Bréfritari: Stefanía Siggeirsdóttir
Viðtakandi: Páll Pálsson
Dagsetning: A-1870-08-15
Skrifað á: Hraungerði  Árn.
Stefanía var bróðurdóttir Páls Pálssonar

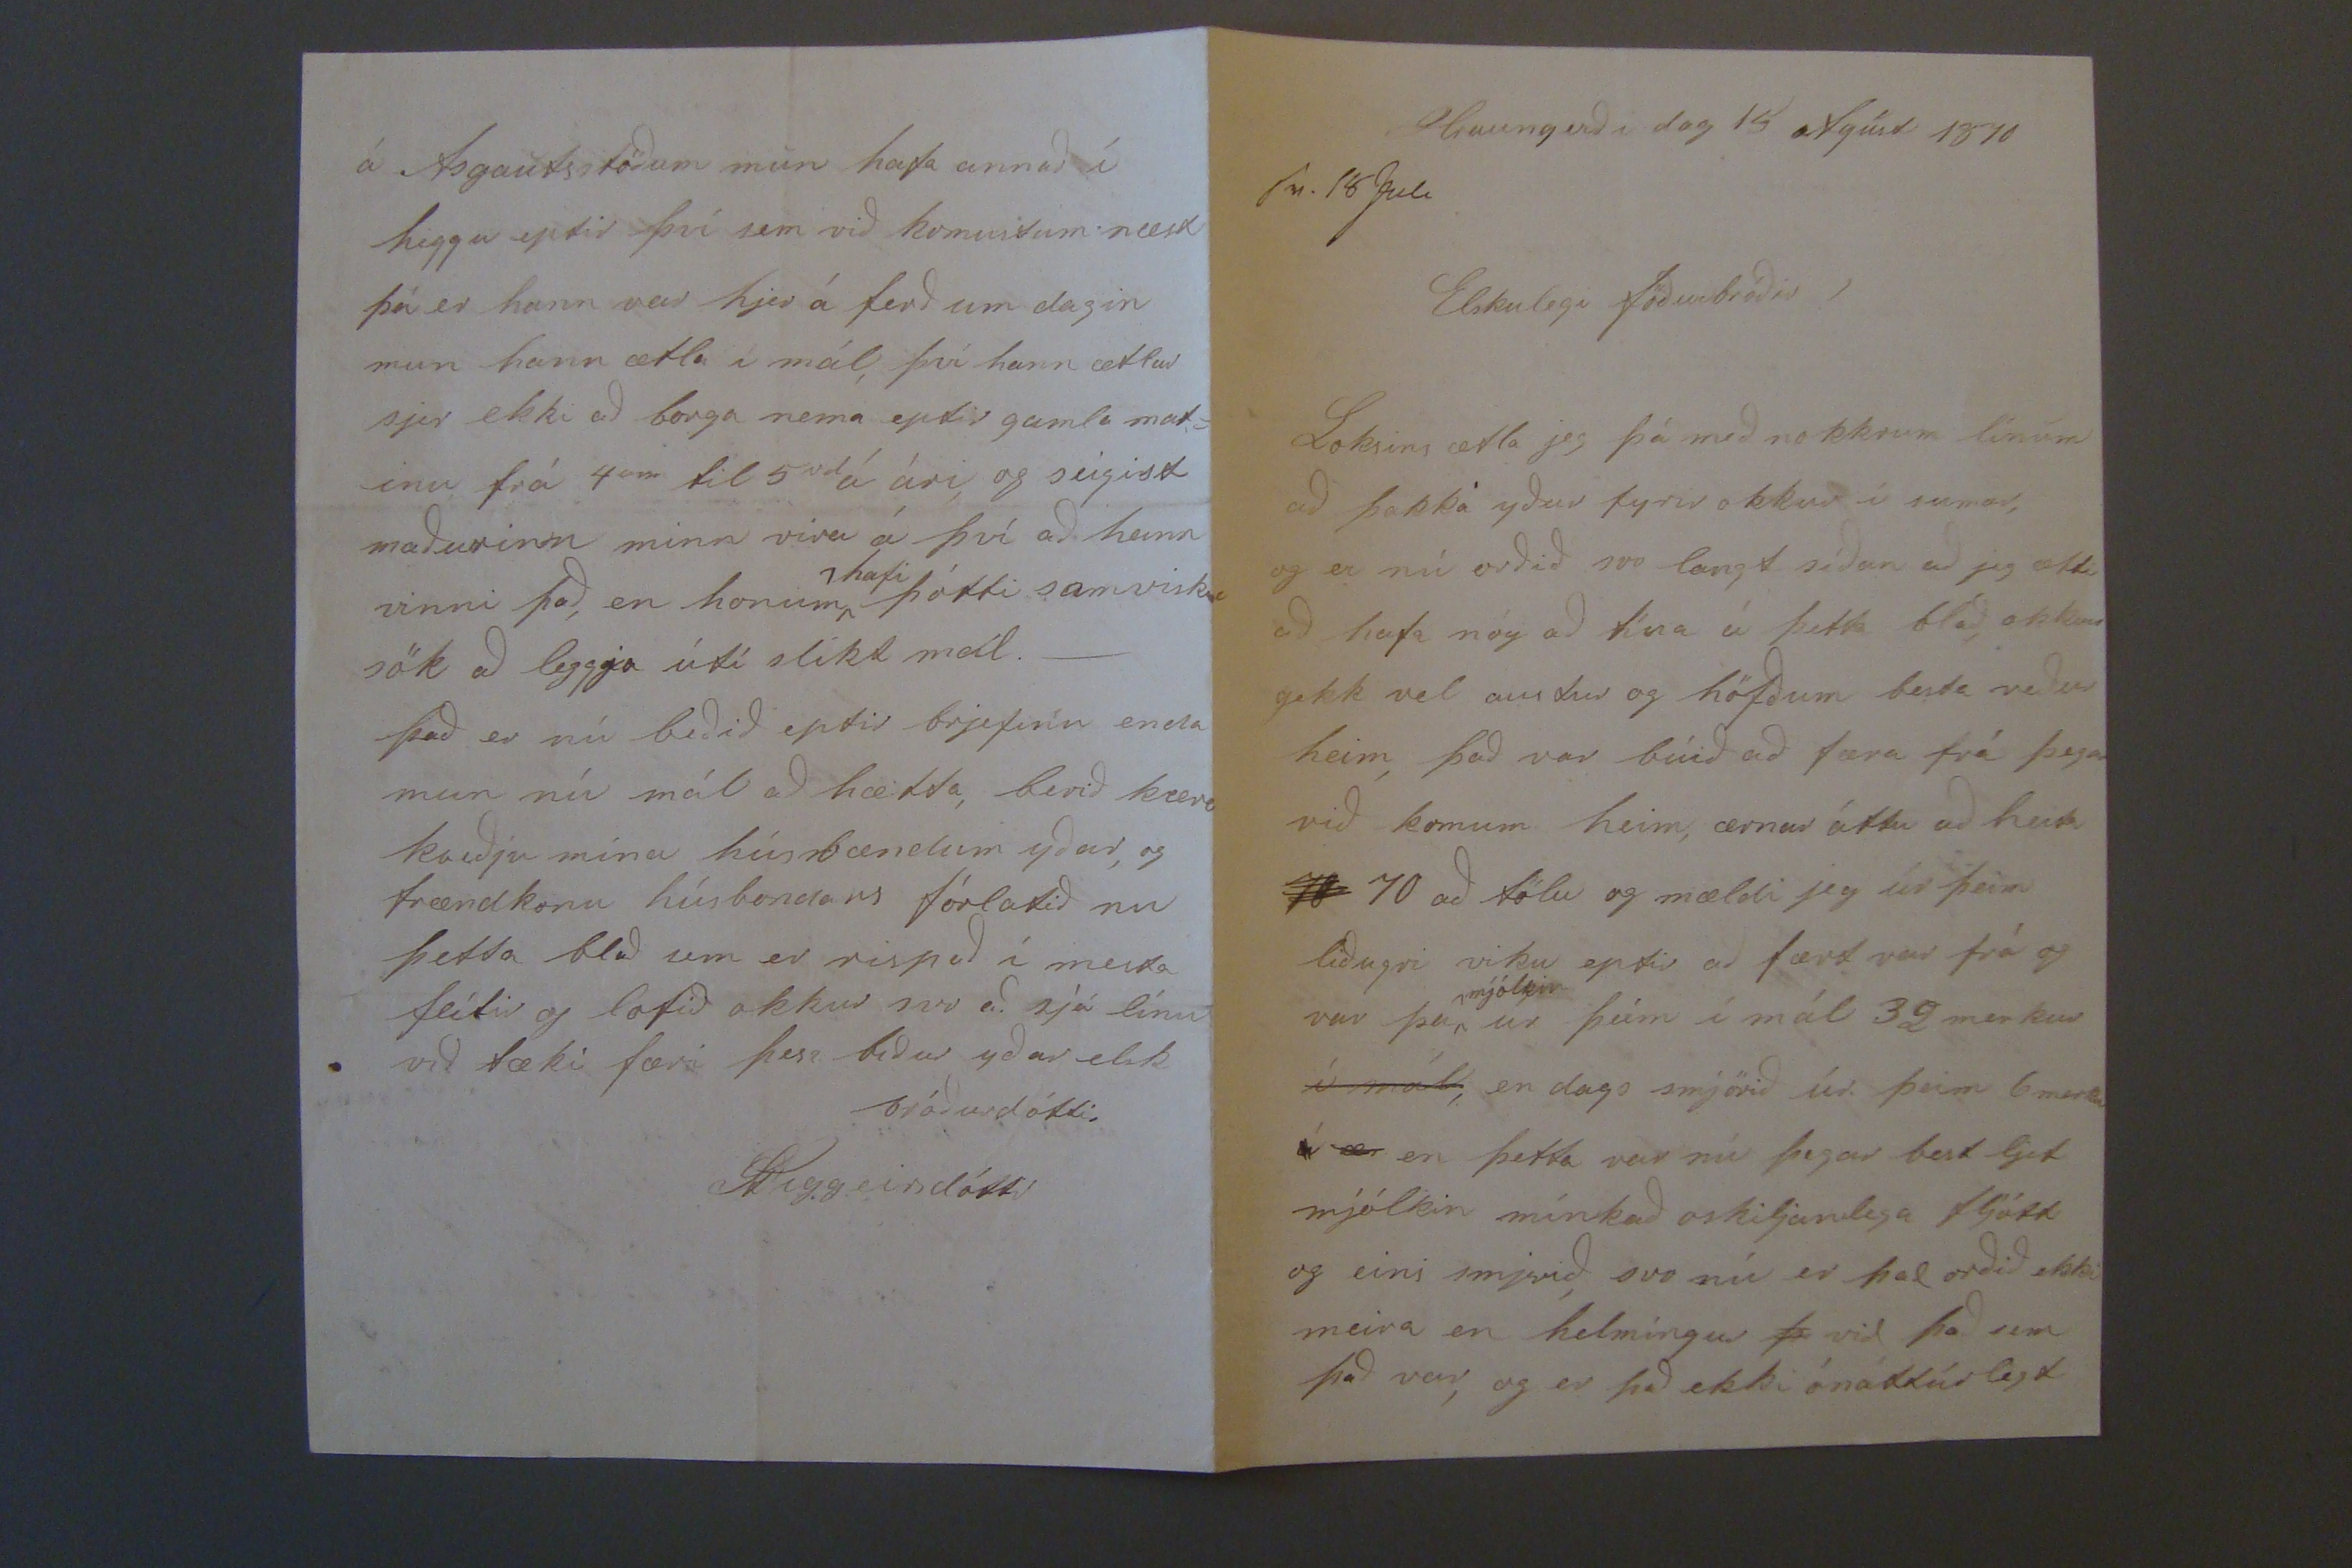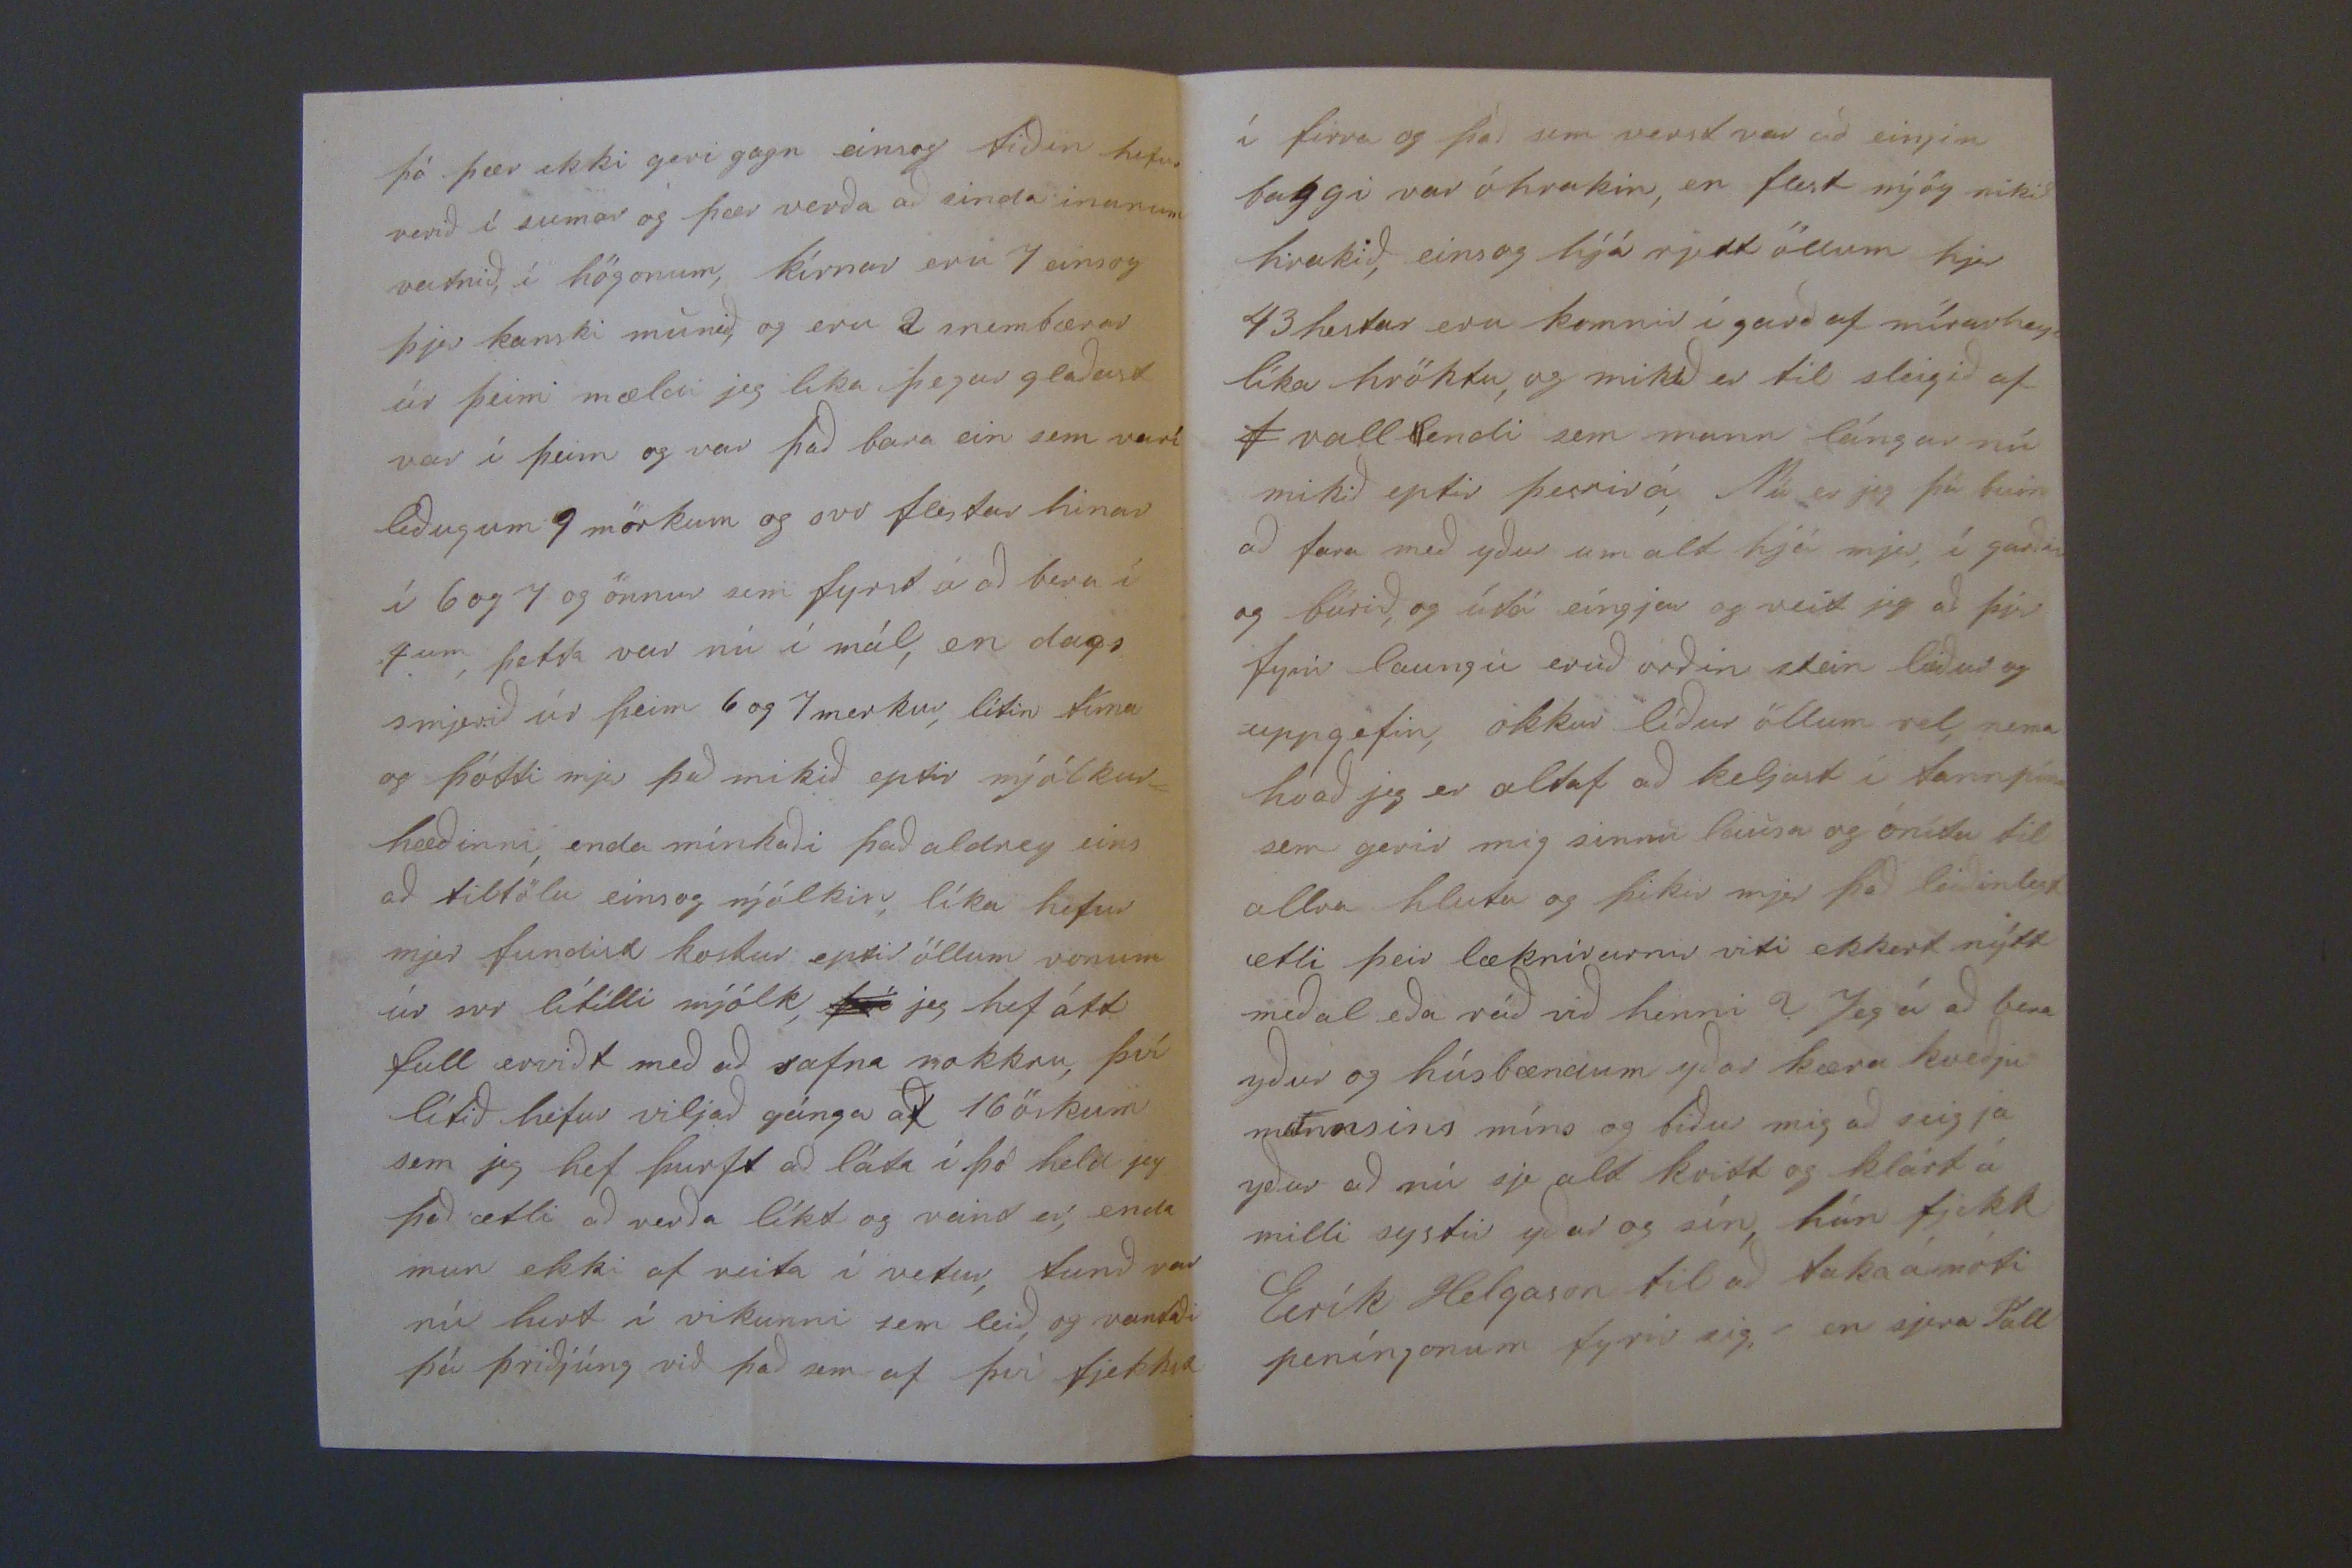

Hraungerði dag 15 Agúst 1870
sv. 18 Juli
Elskulegi föðurbróðir!
Loksins ætla jeg þá með nokkrum línum að þakka yður fyrir okkur í sumar, og er nú orðið svo langt síðan að jeg ætti að hafa nóg að tína í þetta blað okkur gekk vel austur og höfðum besta veður heim, það var búið að færa frá þegar við komum heim, ærnar áttu að heita
70
70 að tölu og mældi jeg úr þeim lið
u
gri viku eptir að fært var frá og var þa
mjólkin
úr þeim í mál 39 merkur
í mál,
en dags smjörið úr þeim 6 merkur
á ær
en þetta var nú þegar best ljet mjólkin mínkað oskiljanlega fljótt og eins smjerið, svo nú er það orðið ekki meira en helmíngur
þ
við það um það var, og er það ekki ónáttúrlegt
þá þær ekki geri gagn einsog tíðin hefur verið í sumar og þær verða að sinda inanum vatnið, í högonum, kírnar eru 7 einsog þjer kanski munið, og eru 2 snembærar úr þeirri mældi jeg lika þegar glaðast var í þeim og var það bara ein sem varí liðugum 9 mörkum og svo flestar hinar í 6 og 7 og önnur sem fyrst á að bera í 4um, þetta var nú í mál, en dags smjerið úr þeim 6 og 7 merkur, lítin tíma og þótti mjer það mikið eptir mjólkur= hæðinni, enda minkaði það aldrey eins að tiltölu einsog mjólkin, líka hefur mjer fundist kostur eptir öllum vonum úr svo lítilli mjólk,
því
jeg hef átt full ervidt með að safna nokkru, því lítið hefur viljað gánga af 16 örkum sem jeg hef þurft að láta í þó held jeg það ætli að verða líkt og vant er, enda mun ekki of reita í vetur, tunið var nú hert í vikunni sem leið, og vantaði þá þriðjúng við það sem af því fjekkst
í firra og það sem verst var að eingin baggi var óhrakin, en flest mjög mikið hrakið, einsog hjá rjett öllum hjer 43 hestar eru komnir í garð af mírarheyi líka hröktu, og mikið er til sleigið af
f
valllendi sem mann lángar nú mikið eptir þessirá, Nú er jeg þá buin að fara með yður um alt hjá mjer, í garðin og búrið, og útá eingjar og veit jeg að þjer fyrir laungu eruð orðin stein leiður og uppgefin, okkur líður öllum vel, nema hvað jeg er altaf að keljast í tannpínu sem gerir mig sinnu lausa og ónitu til allra hluta og þikir mjer það leiðinlegt ætli þeir læknirarnir viti ekkert nýtt meðal eða ráð við henni? Jeg á að bera yður og húsbændum yðar kæra kveðjur mannsins míns og biður mig að seigja yður að nú sje alt kvitt og klárt á milli systir yðar og sín, hún fjekk Eirík Helgason til að taka á móti peníngonum fyrir sig, en sjera Páll
á Ásgautsstöðum mun hafa annað í higgu eptir því sem við komustum næst þá er hann var hjer á ferð um dagin mun hann ætla í mál, því hann ætlur sjer ekki að borga nema eptir gamla mat= inu frá 4um til 5rd á ári, og seigist maðurinn minn vira á því að hann vinni það, en honum
hafi
þótti samvisku sök að leggja úti slíkt mál._ það er nú beðið eptir brjefinu enda mun nú mál að hætta, berið kæra kveðju mína húsbændum yðar, og frændkonu húsbondans fórlatið nu þetta blað um er rispað í mesta flítir og lofið okkur svo að sjá línu við tæki færi þess biður yðar elsk bróðurdóttir
StSiggeirsdóttir